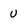
Character: U